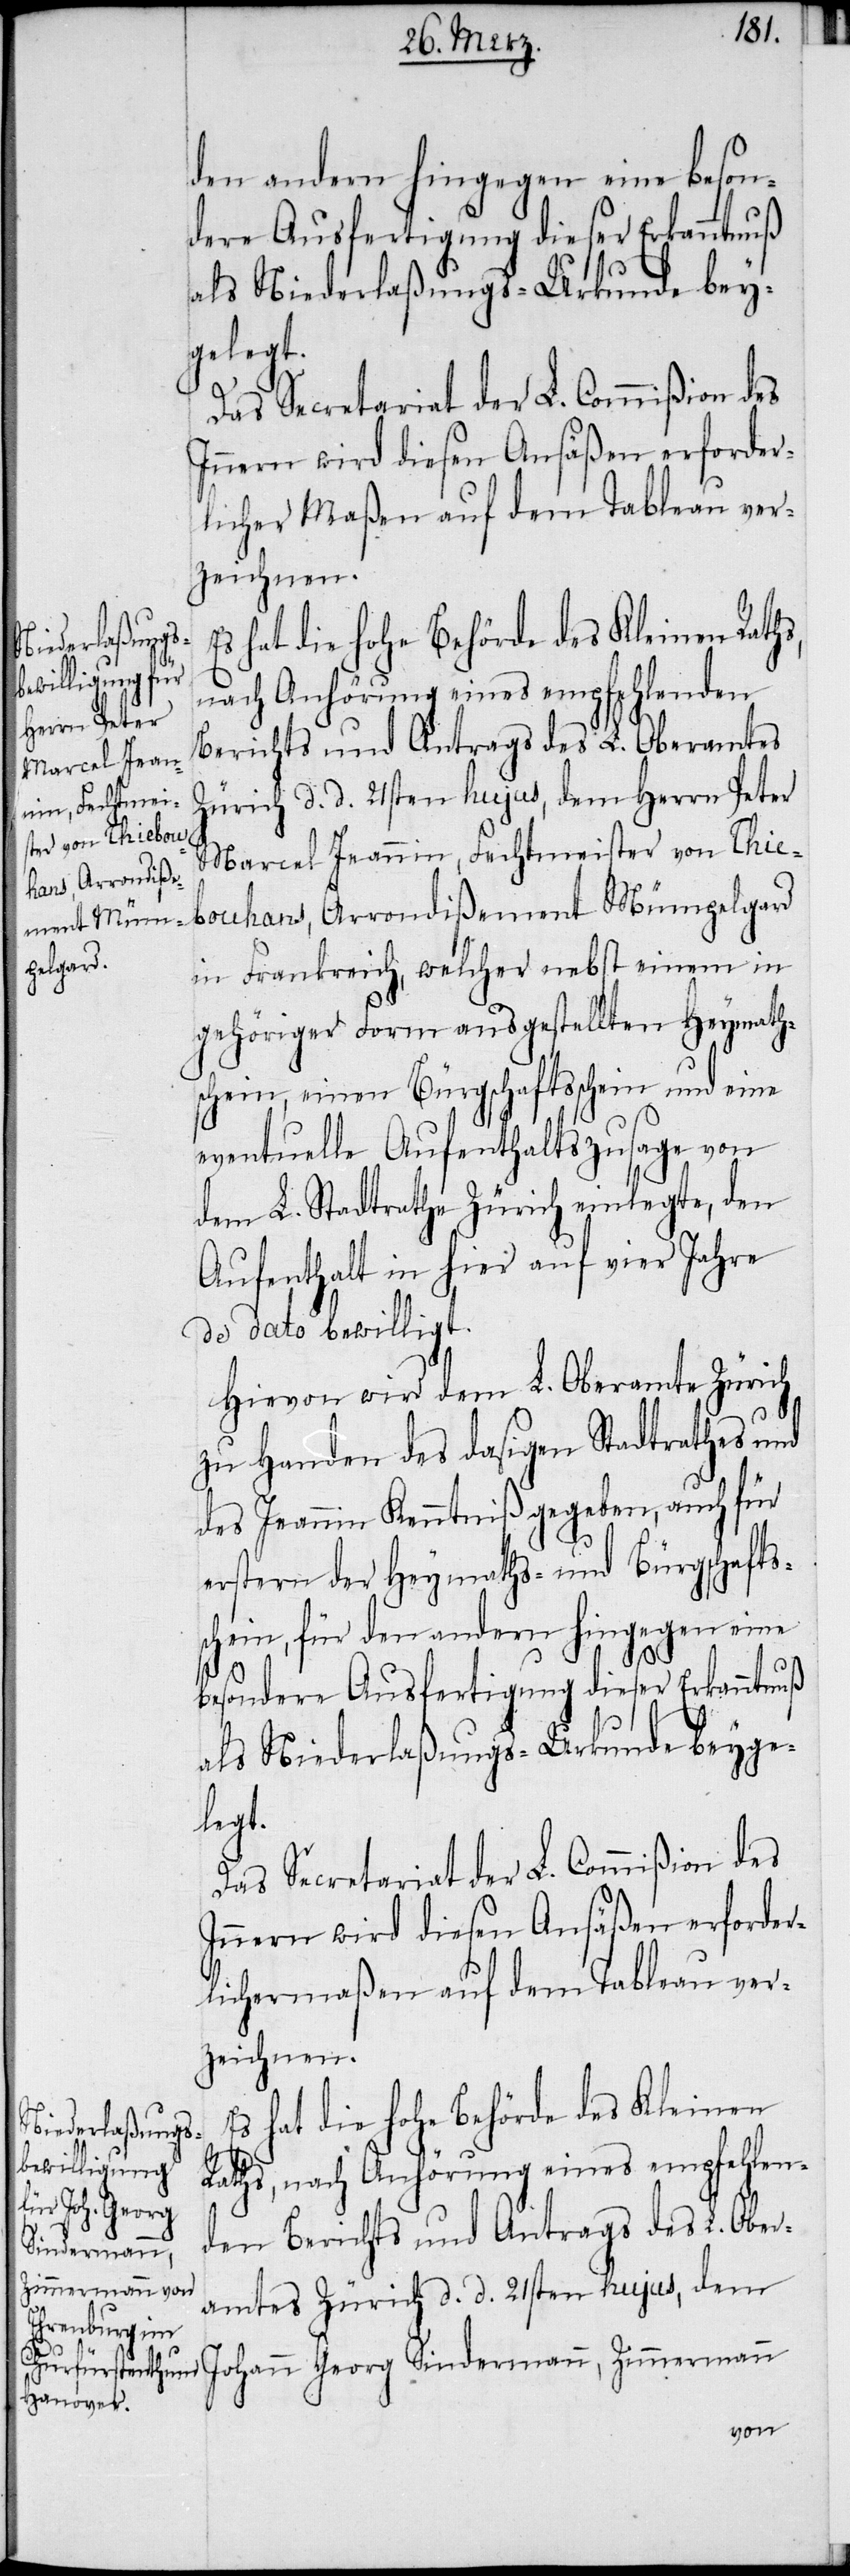
den andern hingegen eine beson¬
dere Ausfertigung dieser Erkanntnuß
als Niederlaßungs-Urkunde bey¬
gelegt.
Das Secretariat der L. Commißion des
Innern wird diesen Ansäßen erforder¬
licher Maßen auf dem Tableau ver¬
zeichnen.
Es hat die hohe Behörde des Kleinen Raths,
nach Anhörung eines empfehlenden
Berichts und Antrags des L. Oberamtes
Zürich d. d. 21sten hujus, dem Herrn Peter
Marcel Jeannin, Fechtmeister von Thie¬
bouhans, Arrondißement Mümpelgard
in Frankreich, welcher nebst einem in
gehöriger Form ausgestellten Heymath¬
schein, einen Bürgschaftsschein und eine
eventuelle Aufenthaltszusage von
dem L. Stadtrathe Zürich einlegte, den
Aufenthalt in hier auf vier Jahre
de dato bewilligt.
Hievon wird dem L. Oberamte Zürich
zu Handen des dasigen Stadtrathes und
des Jeannin Kenntniß gegeben, auch für
erstern der Heymaths- und Bürgschafts¬
schein, für den andern hingegen eine
besondere Ausfertigung dieser Erkanntnuß
als Niederlaßungs-Urkunde beyge¬
legt.
Das Secretariat der L. Commißion des
Innern wird diesen Ansäßen erforder¬
lichermaßen auf dem Tableau ver¬
zeichnen.
Es hat die hohe Behörde des Kleinen
Raths, nach Anhörung eines empfehlen¬
den Berichts und Antrags des L. Ober¬
Sindermann,
Zimmermann
amtes Zürich d. d. 21sten hujus, dem